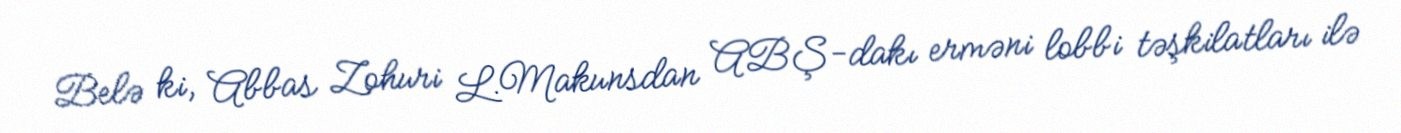
Belə ki, Abbas Zohuri L.Makunsdan ABŞ-dakı erməni lobbi təşkilatları ilə